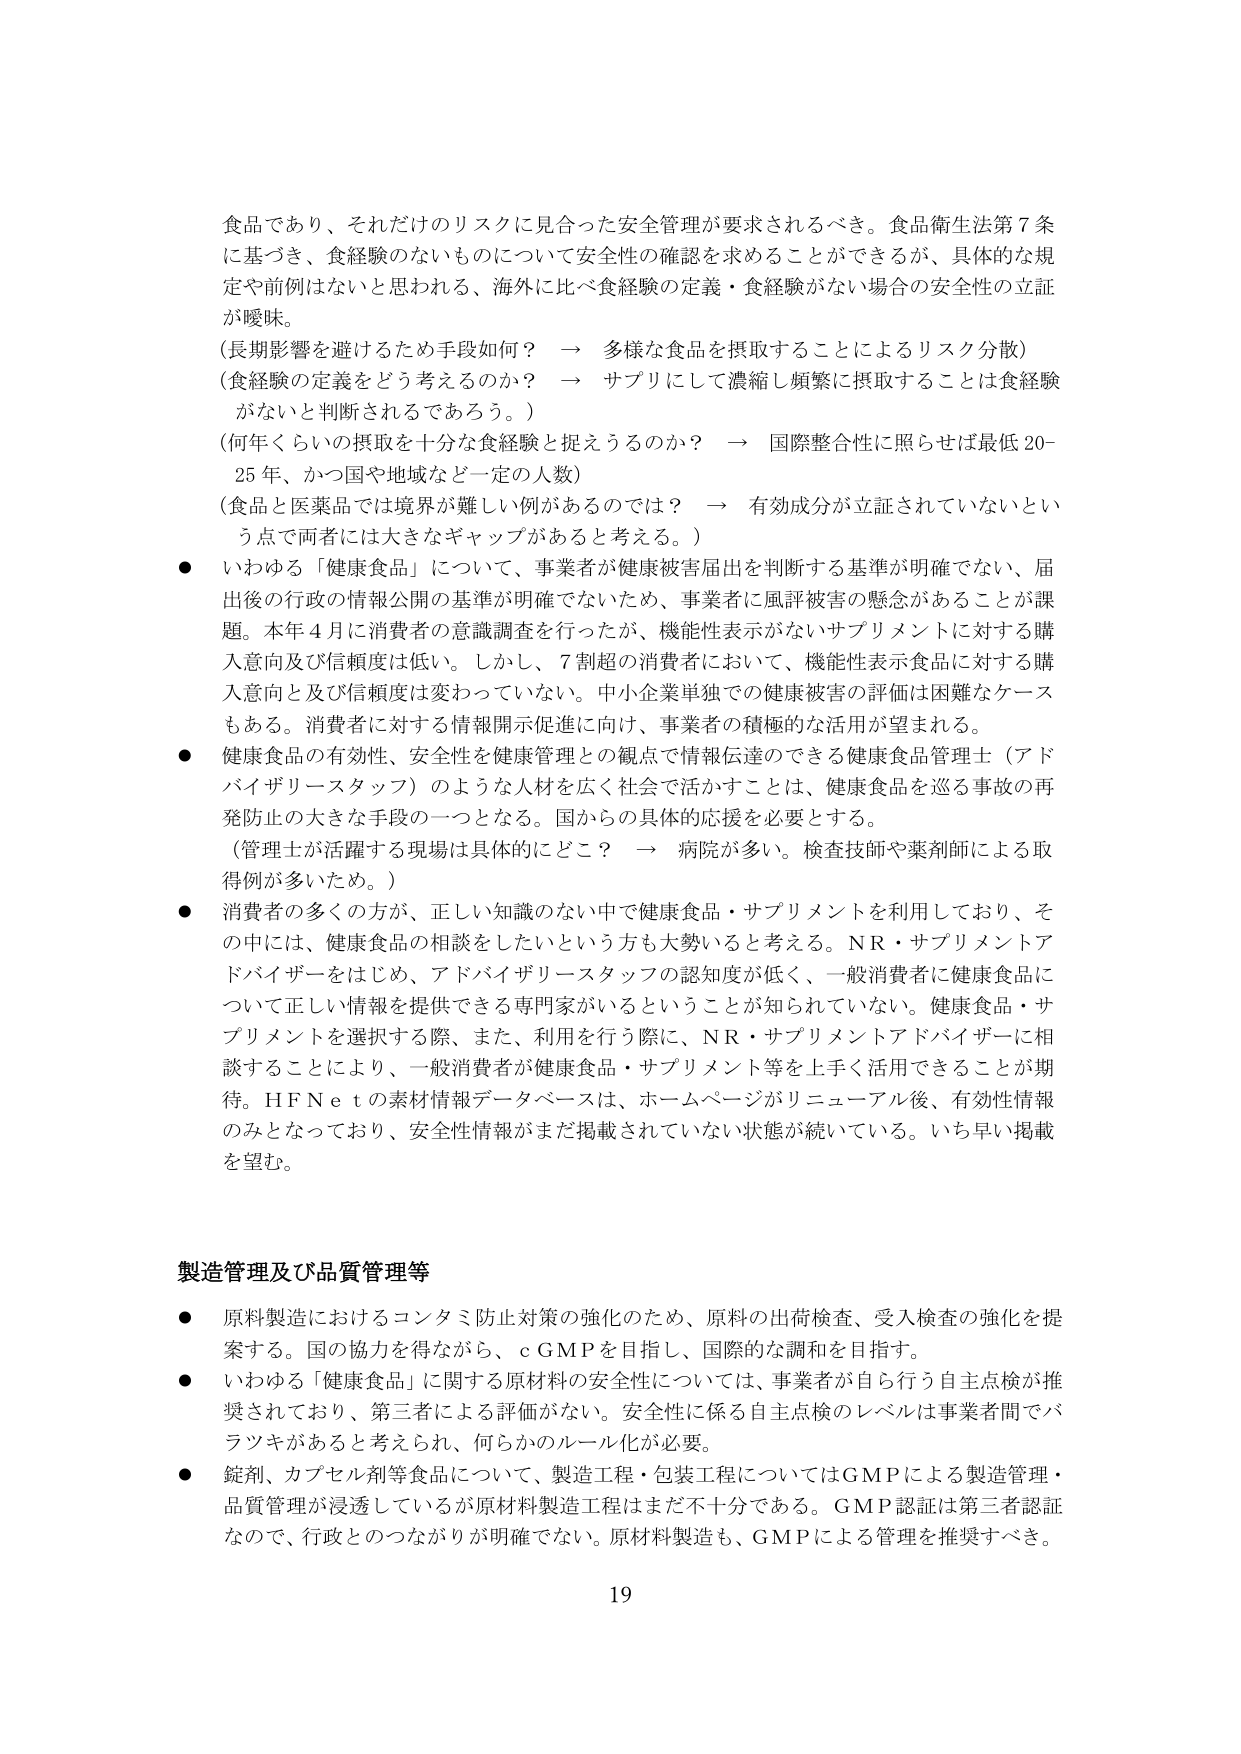
食品であり、それだけのリスクに見合った安全管理が要求されるべき。食品衛生法第７条に基づき、食経験のないものについて安全性の確認を求めることができるが、具体的な規定や前例はないと思われる、海外に比べ食経験の定義・食経験がない場合の安全性の立証が曖昧。

（長期影響を避けるため手段如何？　→　多様な食品を摂取することによるリスク分散）
（食経験の定義をどう考えるのか？　→　サプリにして濃縮し頻繁に摂取することは食経験がないと判断されるであろう。）
（何年くらいの摂取を十分な食経験と捉えうるのか？　→　国際整合性に照らせば最低20-25年、かつ国や地域など一定の人数）
（食品と医薬品では境界が難しい例があるのでは？　→　有効成分が立証されていないという点で両者には大きなギャップがあると考える。）

● いわゆる「健康食品」について、事業者が健康被害届出を判断する基準が明確でない、届出後の行政の情報公開の基準が明確でないため、事業者に風評被害の懸念があることが課題。本年４月に消費者の意識調査を行ったが、機能性表示がないサプリメントに対する購入意向及び信頼度は低い。しかし、７割超の消費者において、機能性表示食品に対する購入意向と及び信頼度は変わっていない。中小企業単独での健康被害の評価は困難なケースもある。消費者に対する情報開示促進に向け、事業者の積極的な活用が望まれる。

● 健康食品の有効性、安全性を健康管理との観点で情報伝達のできる健康食品管理士（アドバイザリースタッフ）のような人材を広く社会で活かすことは、健康食品を巡る事故の再発防止の大きな手段の一つとなる。国からの具体的応援を必要とする。
（管理士が活躍する現場は具体的にどこ？　→　病院が多い。検査技師や薬剤師による取得例が多いため。）

● 消費者の多くの方が、正しい知識のない中で健康食品・サプリメントを利用しており、その中には、健康食品の相談をしたいという方も大勢いると考える。NR・サプリメントアドバイザーをはじめ、アドバイザリースタッフの認知度が低く、一般消費者に健康食品について正しい情報を提供できる専門家がいるということが知られていない。健康食品・サプリメントを選択する際、また、利用を行う際に、NR・サプリメントアドバイザーに相談することにより、一般消費者が健康食品・サプリメント等を上手く活用できることが期待。HFNetの素材情報データベースは、ホームページがリニューアル後、有効性情報のみとなっており、安全性情報がまだ掲載されていない状態が続いている。いち早い掲載を望む。

製造管理及び品質管理等

● 原料製造におけるコンタミ防止対策の強化のため、原料の出荷検査、受入検査の強化を提案する。国の協力を得ながら、cGMPを目指し、国際的な調和を目指す。

● いわゆる「健康食品」に関する原材料の安全性については、事業者が自ら行う自主点検が推奨されており、第三者による評価がない。安全性に係る自主点検のレベルは事業者間でバラツキがあると考えられ、何らかのルール化が必要。

● 錠剤、カプセル剤等食品について、製造工程・包装工程についてはGMPによる製造管理・品質管理が浸透しているが原材料製造工程はまだ不十分である。GMP認証は第三者認証なので、行政とのつながりが明確でない。原材料製造も、GMPによる管理を推奨すべき。

19